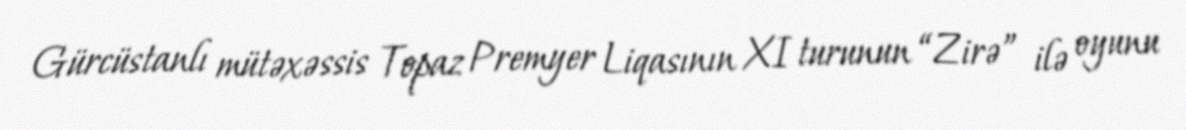
Gürcüstanlı mütəxəssis Topaz Premyer Liqasının XI turunun “Zirə” ilə oyunu